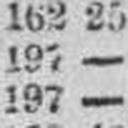
197 —